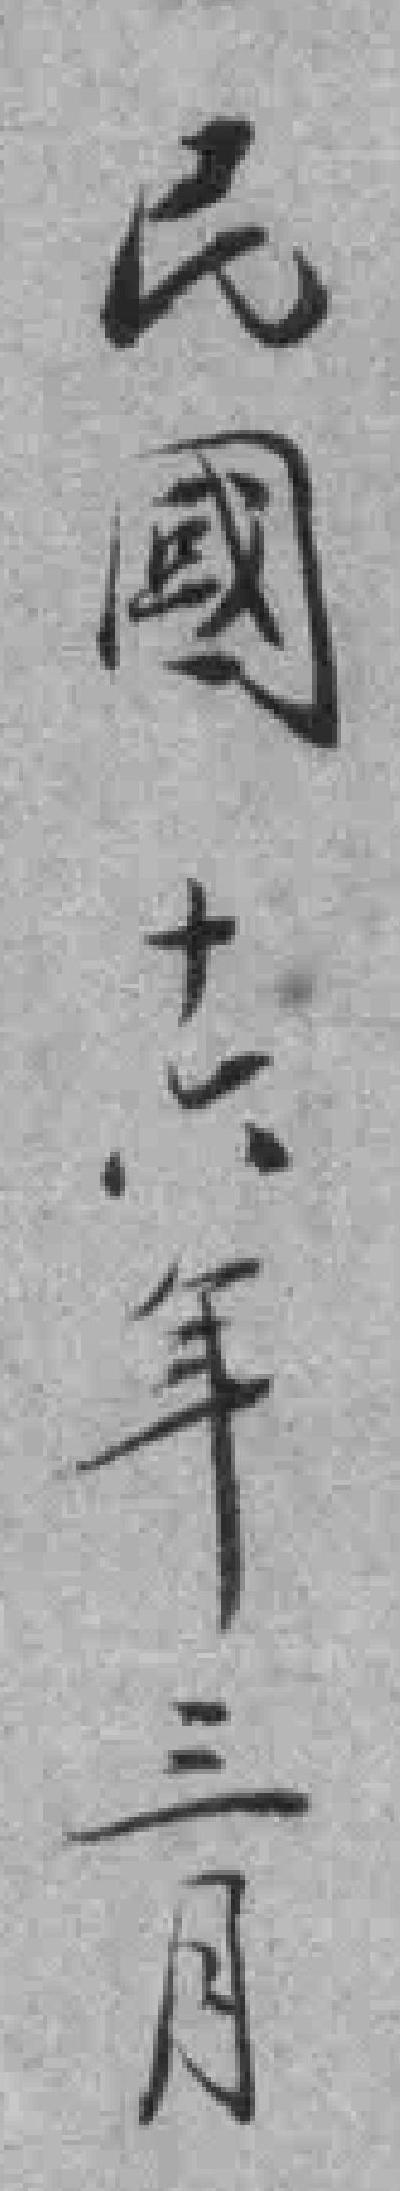
民國十六年三月